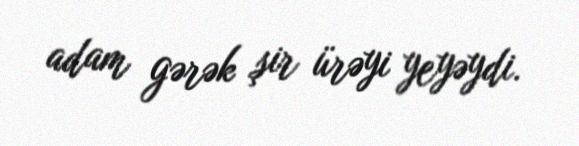
adam gərək şir ürəyi yeyəydi.